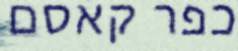
כפר קאסם